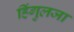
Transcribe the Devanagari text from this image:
हिंगुलजा